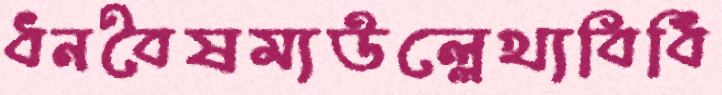
ধনবৈষম্যউল্লেখ্যবিধি